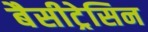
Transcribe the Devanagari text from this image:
बैसीट्रेसिन